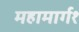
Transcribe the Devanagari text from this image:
महामार्ग१